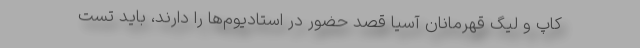
کاپ و لیگ قهرمانان آسیا قصد حضور در استادیوم‌ها را دارند، باید تست